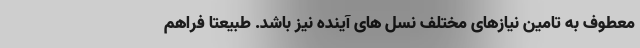
معطوف به تامین نیازهای مختلف نسل های آینده نیز باشد. طبیعتا فراهم